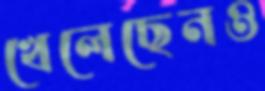
খেলেছেনও